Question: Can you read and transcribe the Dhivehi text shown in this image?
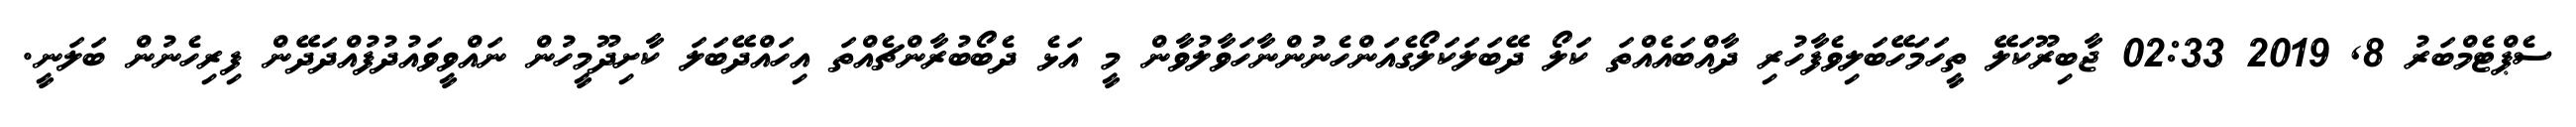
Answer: ސެޕްޓެމްބަރު 8, 2019 02:33 ޖާބިރޫކަލޭ ތީހަމަހޭބަލިވެފާހުރި ދާއްބައެއްތަ ކަލޯ ދޭބަލަކަލޯގެއަންހެނުންނާހަވާލުވާން މީ އަޅެ ދެބޯބުރާންޗެއްތަ އިހައްދޭބަލަ ކާށިދޫމީހުން ނައްވީވައުދުފުއްދަދޭން ފިރިހެނުން ބަލަނީ.